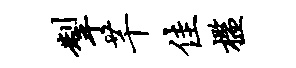
掣芊佳槛